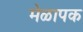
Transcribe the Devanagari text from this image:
मेळापक